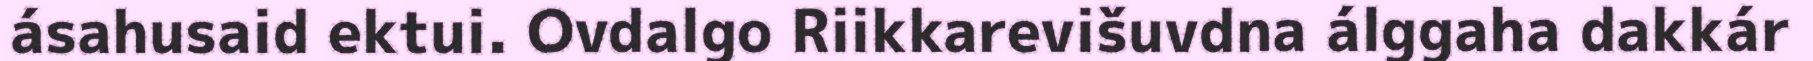
ásahusaid ektui. Ovdalgo Riikkarevišuvdna álggaha dakkár